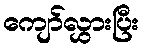
ကျော်လွှားပြီး